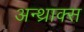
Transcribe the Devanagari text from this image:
अन्थ्राक्स